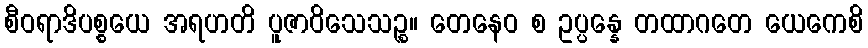
စီဝရာဒိပစ္စယေ အရဟတိ ပူဇာဝိသေသဉ္စ။ တေနေဝ စ ဥပ္ပန္နေ တထာဂတေ ယေကေစိ